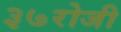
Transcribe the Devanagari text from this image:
३७रोजी